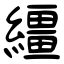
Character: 繮